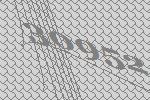
30952